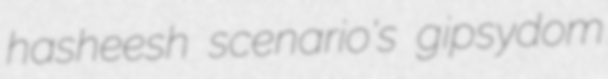
hasheesh scenario's gipsydom